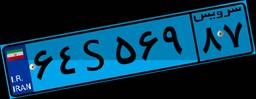
۶۴S۵۶۹۸۷